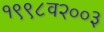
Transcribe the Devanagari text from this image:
१९९८व२००३